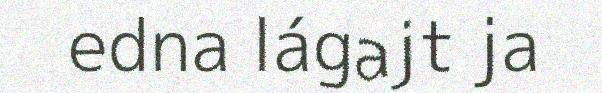
edna lágajt ja